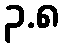
၃.၈